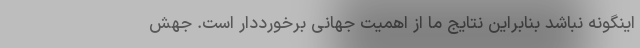
اینگونه نباشد بنابراین نتایج ما از اهمیت جهانی برخورددار است. جهش